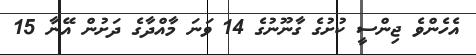
އެހެންވެ ޖިންސީ ކުށުގެ ގާނޫނުގެ 14 ވަނަ މާއްދާގެ ދަށުން އޭނާ 15